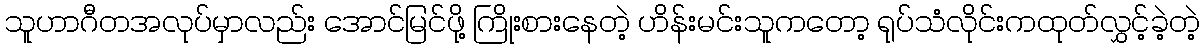
သူဟာဂီတအလုပ်မှာလည်း အောင်မြင်ဖို့ ကြိုးစားနေတဲ့ ဟိန်းမင်းသူကတော့ ရုပ်သံလိုင်းကထုတ်လွှင့်ခဲ့တဲ့